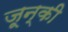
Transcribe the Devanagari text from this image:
जून्की